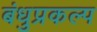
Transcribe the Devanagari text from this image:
बंधुप्रकल्प